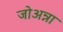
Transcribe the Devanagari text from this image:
जोअन्ना